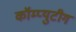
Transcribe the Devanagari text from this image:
कॉम्प्युटीग